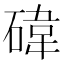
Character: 𥔬